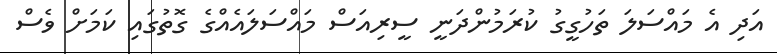
އަދި އެ މައްސަލަ ތަހުގީގު ކުރަމުންދަނީ ސީރިއަސް މައްސަލައެއްގެ ގޮތުގައި ކަމަށް ވެސް